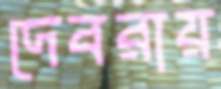
দেবরায়